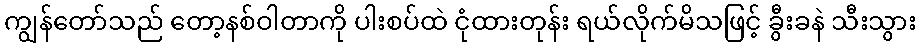
ကျွန်တော်သည် တော့နစ်ဝါတာကို ပါးစပ်ထဲ ငုံထားတုန်း ရယ်လိုက်မိသဖြင့် ခွီးခနဲ သီးသွား